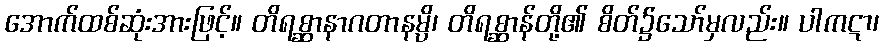
အောက်ထစ်ဆုံးအားဖြင့်။ တိရစ္ဆာနာဂတာနမ္ပိ၊ တိရစ္ဆာန်တို့၏ စိတ်၌သော်မှလည်း။ ပါကဋာ၊